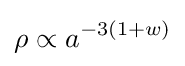
\rho \propto a^{-3(1+w)}